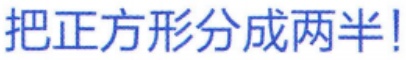
把正方形分成两半!